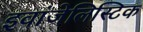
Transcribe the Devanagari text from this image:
इवांजेलिस्टिक